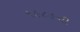
૧૯૮૯ની